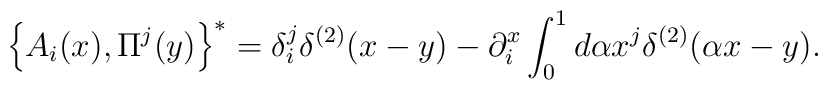
\left\{ {A_i (x),\Pi ^j (y)} \right\}^ *   = \delta_i^j \delta^{(2)} (x - y) - \partial _i^x \int_0^1 {d\alpha x^j \delta ^{(2)}} (\alpha x - y) .